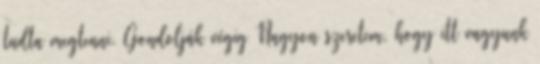
tudta megtenni. Gondolják végig Nagyon szeretem, hogy itt vagyunk